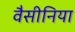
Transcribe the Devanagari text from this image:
वैसीनिया